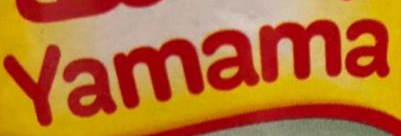
Yamama